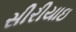
સીરીયાઇ